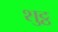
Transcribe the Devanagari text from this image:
शुट्ठ